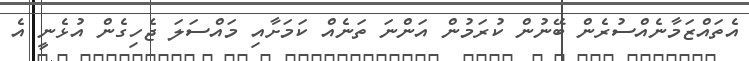
އެތައްޒަމާނެއްސުރެން ބޭނުން ކުރަމުން އަންނަ ތަނެއް ކަމަށާއި މައްސަލަ ޖެހިގެން އުޅެނީ އެ